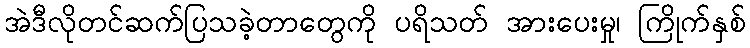
အဲဒီလိုတင်ဆက်ပြသခဲ့တာတွေကို ပရိသတ် အားပေးမှု၊ ကြိုက်နှစ်